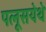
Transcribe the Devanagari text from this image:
पलूसयेथे